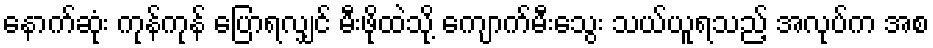
နောက်ဆုံး ကုန်ကုန် ပြောရလျှင် မီးဖိုထဲသို့ ကျောက်မီးသွေး သယ်ယူရသည့် အလုပ်က အစ